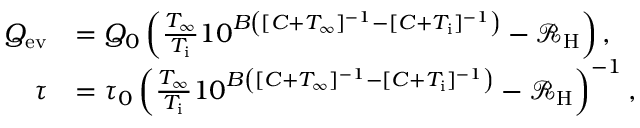
\begin{array} { r l } { Q _ { \mathrm { e v } } } & { = Q _ { 0 } \left( \frac { T _ { \infty } } { T _ { \mathrm { i } } } 1 0 ^ { B \left( [ C + T _ { \infty } ] ^ { - 1 } - [ C + T _ { \mathrm { i } } ] ^ { - 1 } \right) } - \mathcal { R } _ { \mathrm { H } } \right) , } \\ { \tau } & { = \tau _ { 0 } \left( \frac { T _ { \infty } } { T _ { \mathrm { i } } } 1 0 ^ { B \left( [ C + T _ { \infty } ] ^ { - 1 } - [ C + T _ { \mathrm { i } } ] ^ { - 1 } \right) } - \mathcal { R } _ { \mathrm { H } } \right) ^ { - 1 } , } \end{array}